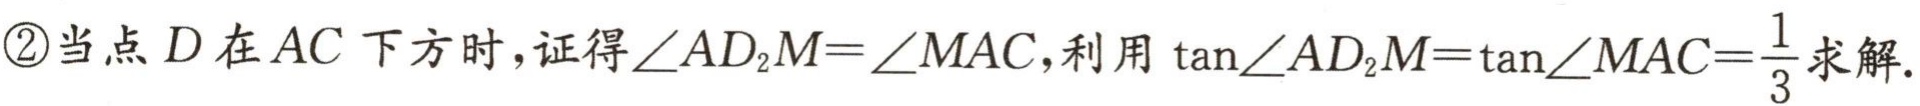
\textcircled{2}当点\(D\)在\(AC\)下方时，证得\(\angle AD_{2}M = \angle MAC\)，利用\(\tan\angle AD_{2}M=\tan\angle MAC = \frac{1}{3}\)求解.